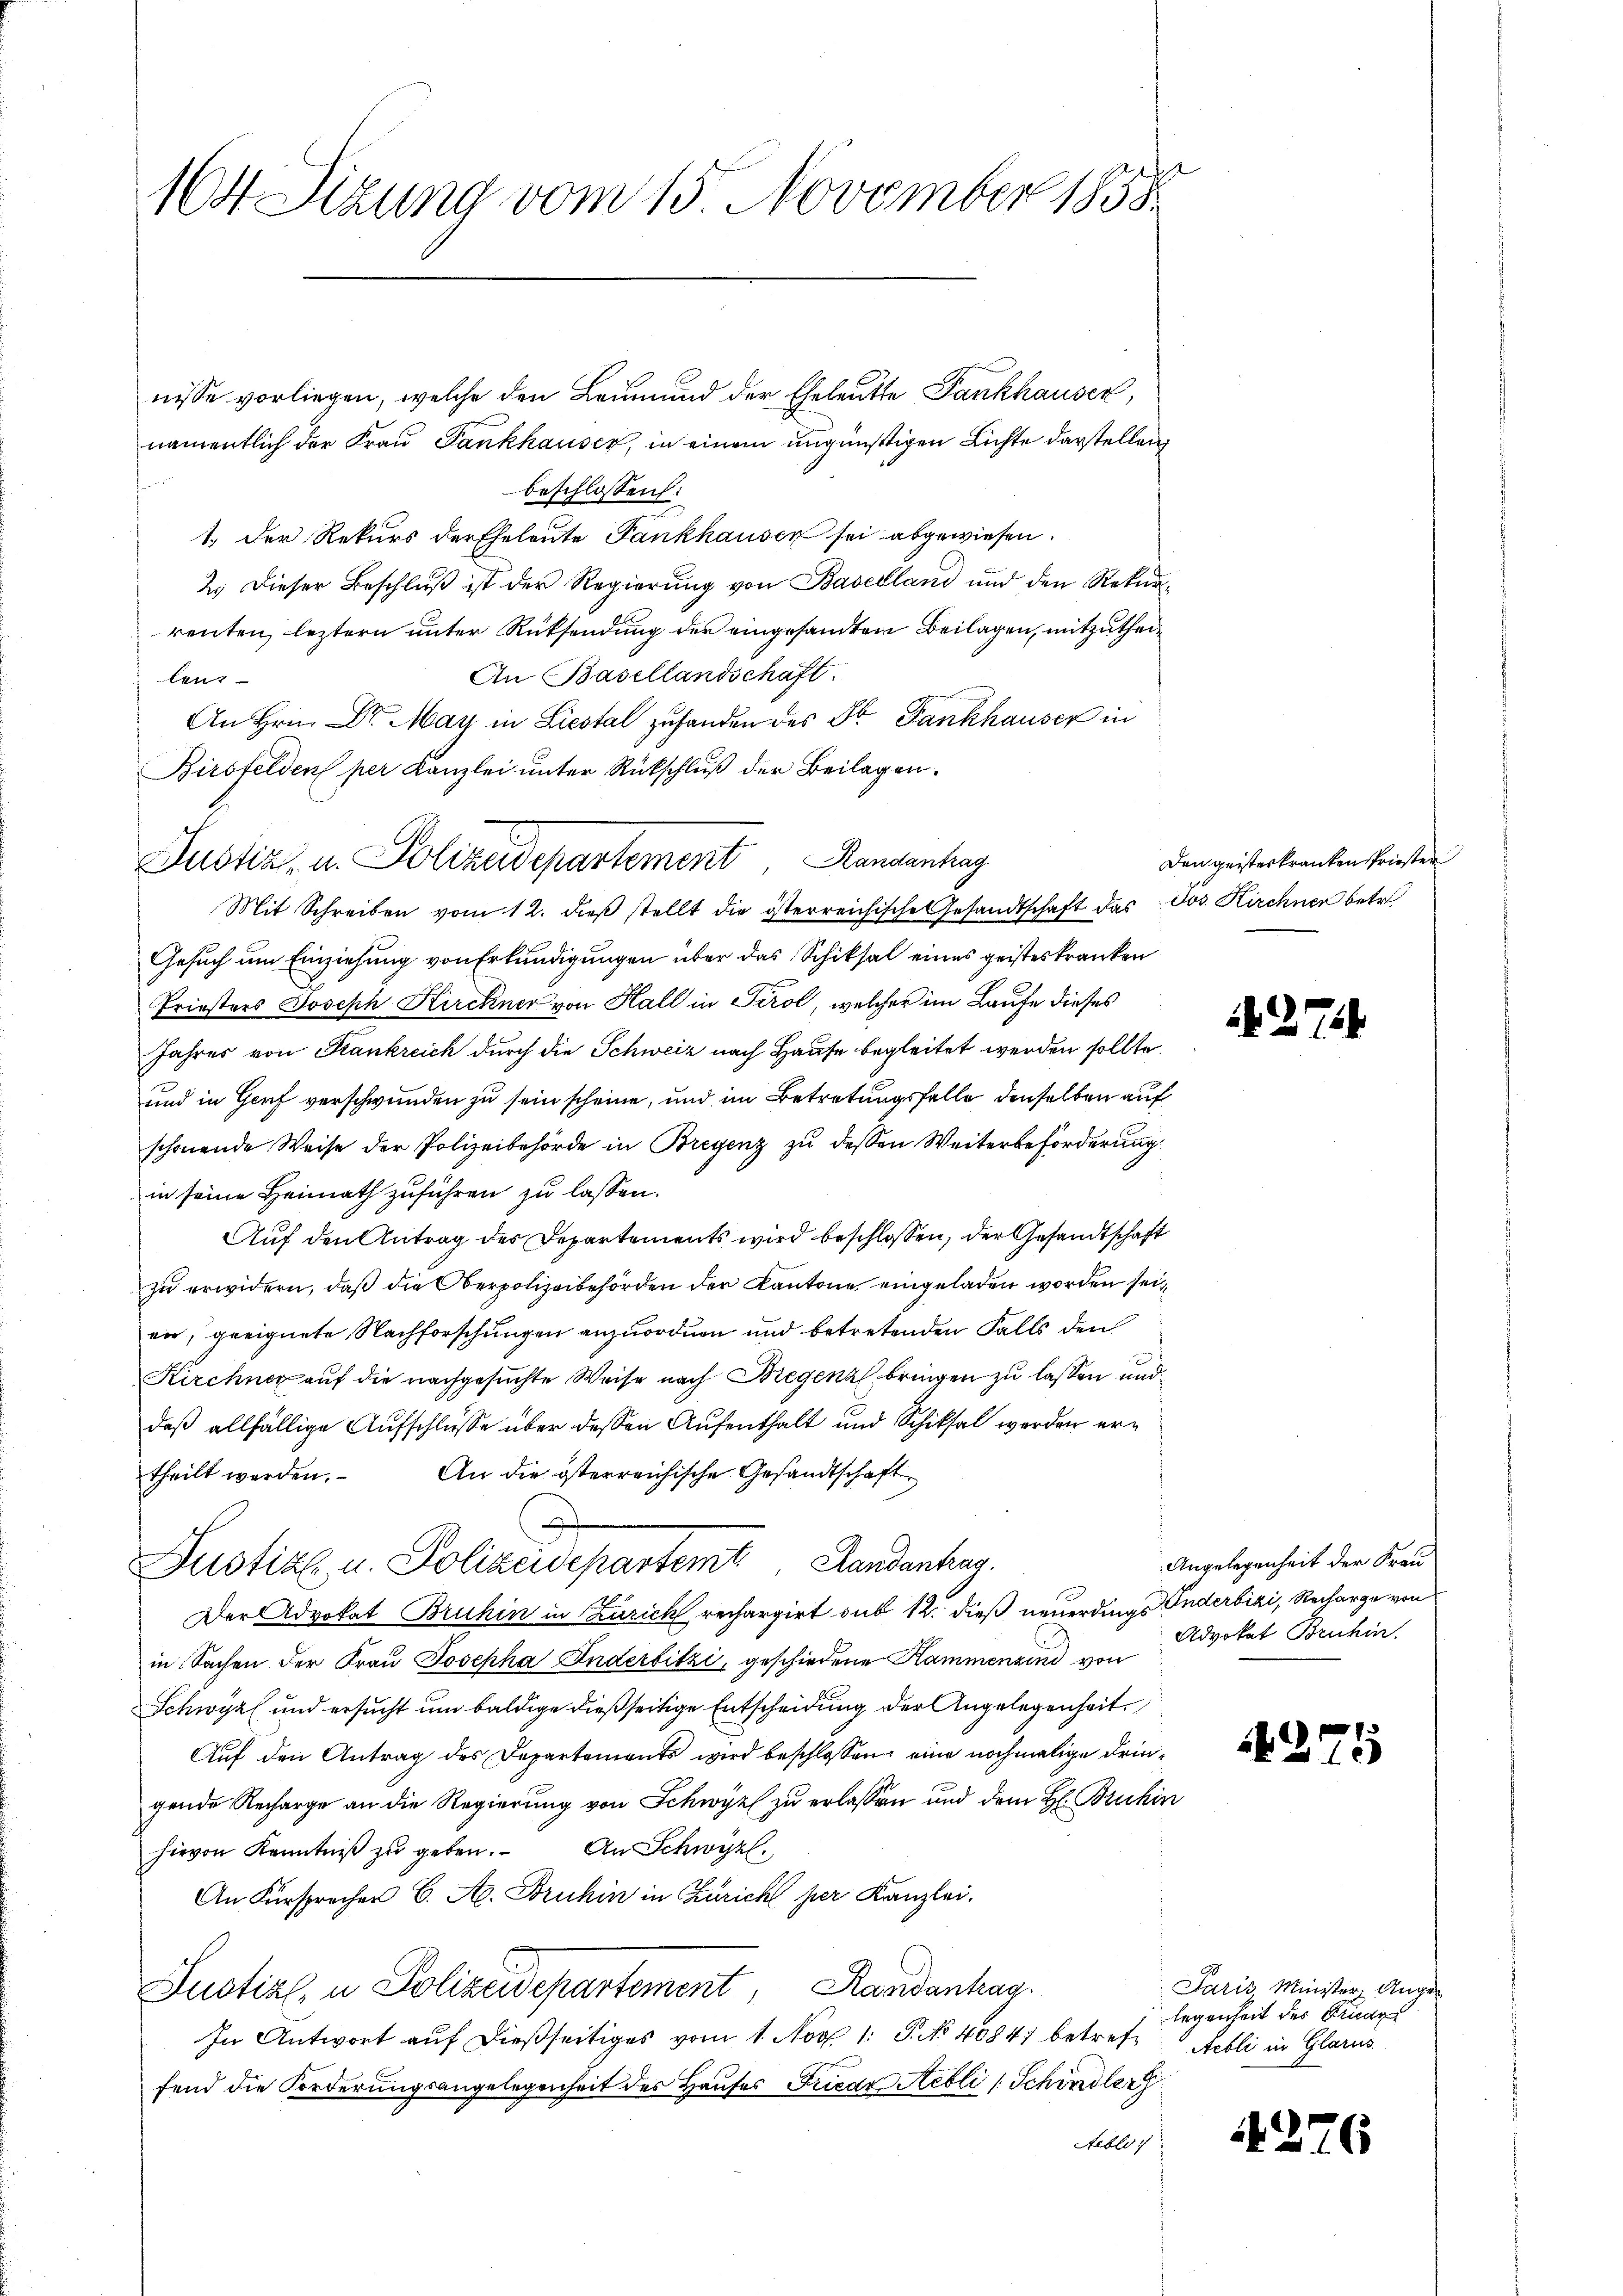
164 Sizung vom 15. November 1858.

nisse vorliegen, welche den Leumund der Eheleute Fankhauser,
namentlich der Frau Pankhauser, in einem ungünstigen Lichte darstellen
beschlossen:
1.) Der Rekurs der Eheleute Fankhausen sei abgewiesen.
2.) Dieser Beschluß ist der Regierung von Baselland und den Rekurrenten, leztern unter Rücksendung der eingesandten Beilagen, mitzuthei¬
An Basellandschaft.
ln
An Hrn. Dr. May in Liestal zuhanden des Dr. Fankhauser in
Birsfelden per Kanzlei unter Rückschluß der Beilagen.
Mit Schreiben vom 12. dieβ stellt die österreichische Gesandtschaft das Jos. Kirchner betr.
Gesuch um Einziehung von Erkundigungen über das Schiksal eines geisteskranken
Priesters Joseph Kirchner von Hall in Tirol, welcher im Laufe dieses
Jahres von Frankreich durch die Schweiz nach Hause begleitet werden sollte.
und in Genf verschwunden zu sein scheine, und im Betretungsfalle denselben auf
schönende Weise der Polizeibehörde in Bregenz zu dessen Weiterbeförderung
in seine Heimath zuführen zu lassen.
Auf den Antrag des Departements wird beschlossen, der Gesandtschaft
zu erwidern, daß die Oberpolizeibehörden der Kantone eingeladen worden sei,
ein, geeignete Nachforschungen anzuordnen und betretenden Falls den
Kirchner auf die nachgesuchte Weise nach Bregenz bringen zu lassen und
daβ allfällige Aufschlüsse über dessen Aufenthalt und Schiksal werden ertheilt worden. An die österreichische Gesandtschaft
Justiz u. Polizeidepartemt Landanken.
Der Advokat Bruhin in Zürich rechargirt sub 12. dieß neuerdings Inderbiki, Recharge von
in Sachen der Frau Josepha Anderbitzi, geschiedene Hammenzind von
Schwyz und ersucht um baldige dießseitige Entscheidung der Angelegenheit
Auf den Antrag des Departements wird beschlossen, eine nochmalige dringende Recharge an die Regierung von Schwyz zu erlassen und dem H: Bruhin
hievon Kenntniβ zŭ geben. An Schwyzl¬
An Fürsprecher C. A. Bruhin in Züricht per Kanzlei.
Suptial, u. Polizeidepartement, Randenhag
In Antwort auf dießseitiges vom 1. Nov. 1. P. No 40847 betref-Nebli in Glarus
fend die Forderungsangelegenheit des Hauses Friedr Hebli (Schindler
Aeblo

Justiz- u. Polizeidepartement, Rankenhag

Den geisterkranken Priester

274

Angelegenheit der Frau
Advokat Bruhin

25

Paris Minister Augen
legenheit des Fride

4276

1